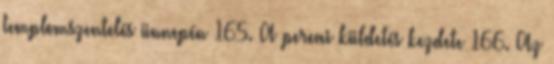
templomszentelés ünnepén 165. A pereai küldetés kezdete 166. Az